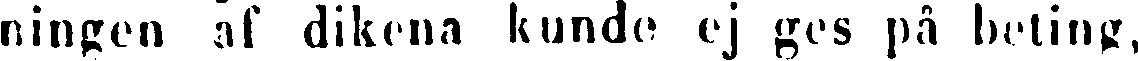
ningen af dikena kunde ej ges på beting,